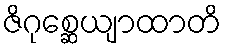
ဇိဂုစ္ဆေယျာထာတိ